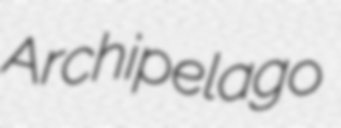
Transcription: Archipelago